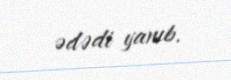
ədədi yanıb.